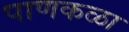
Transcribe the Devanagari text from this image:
पाणकळा